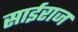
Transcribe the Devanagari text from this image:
साईराज